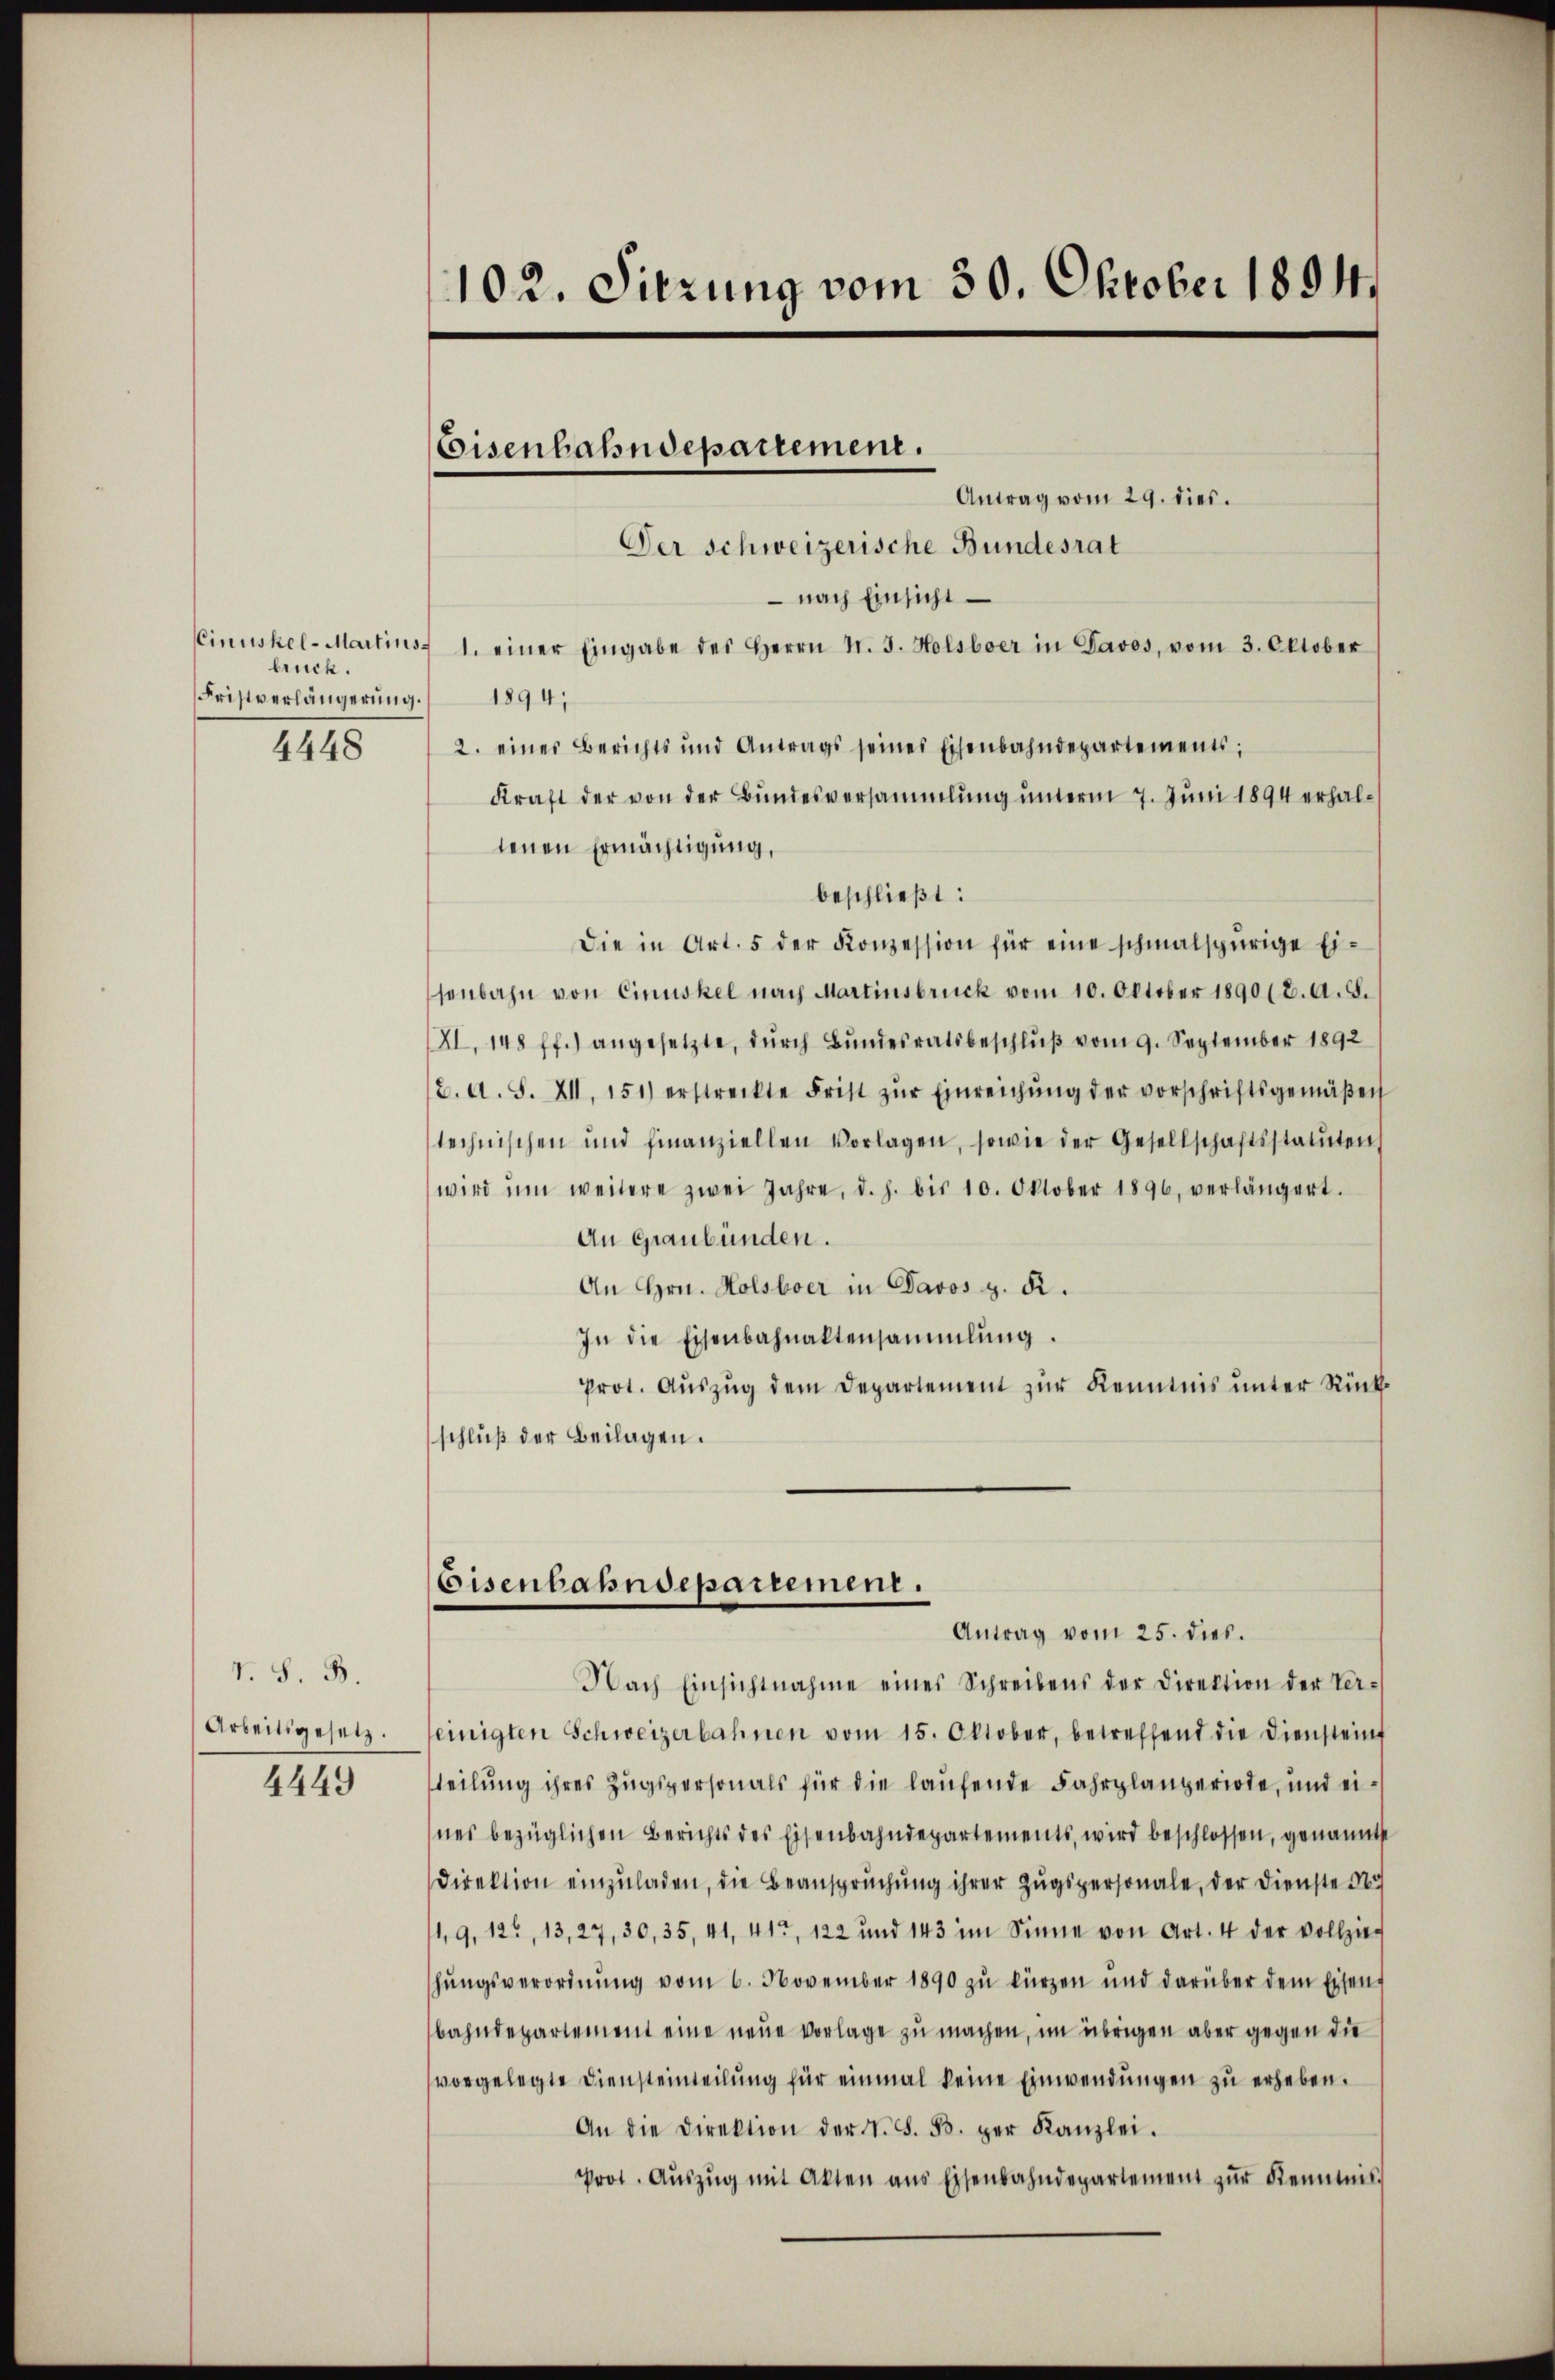
Cinuskel- Martins
bruck.
Fristverlängerung.
4448

V. S. B.
Arbeitsgesetz.
4449

102. Sitzung vom 30. Oktober 1894.

Coisenhahndepartement.

Antrag vom 29. dies.
Der Schweizerische Bundesrat
 nach Einsicht
1. einer Eingabe des Herrn N. 3. Holsboer in Davos, vom 3. Oktober
1894;
2. eines Berichts und Antrags seines Eisenbahndepartements;
Kraft der von der Bundesversammlung unterm 7. Juni 1894 erhaltenen Ermächtigung,
beschließt:
Die in Art. 5 der Konzession für eine schmalspurige Eisenbahn von Cinuskel nach Martinsbruck vom 10. Oktober 1890 (2. A. B.
XI. 148 ff.) angesetzte, durch Bundesratsbeschluß vom 9. September 1892
2. A. S. XII, 151) erstreckte Frist zŭr Einreichŭng der vorschriftsgemäβen
technischen und finanziellen Vorlagen, sowie der Gesellschaftsstatuten
wird ŭm weitere zwei Jahre, d. h. bis 10. Oktober 1896, verlängert.
An Graubünden.
An Hrn. Holsboer in Davos z. R.
In die Eisenbahnaltensammlung.
prot. Auszug dem Departement zur Kenntnis unter Rückschluß der Beilagen.
Eisenbahndepartement.
Antrag vom 25. dies.
Nach Einsichtnahme eines Schreibens der Direktion der Ver-
einigten Schweizerbahnen vom 15. Oktober, betreffend die Diensteinf
teilung ihres Zugspersonals für die laufende Fahrplanperiode, und eines bezüglichen Berichts des Eisenbahndepartements, wird beschlossen, genannte
Direktion einzuladen, die Beanspruchung ihrer Zugspersonale, der Dienste Na
1,9, 122, 13, 27, 30, 35, 41, 412, 122 und 143 im Sinne von Art. 4 der vollzieh
hŭngsverordnŭng vom 6. November 1890 zŭ kürzen und darüber dem Eisen
bahndepartement eine neue Vorlage zu machen, im übrigen aber gegen die
vorgelegte Diensteinteilung für einmal keine Einwendungen zu erheben.
An die Direktion der N. F. B. der Kanzlei.
Prot. Aŭszŭg mit Akten aus Eisenbahndepartement zŭr Kenntnis